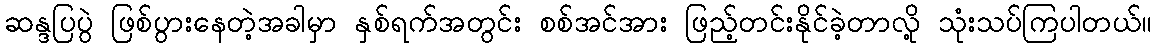
ဆန္ဒပြပွဲ ဖြစ်ပွားနေတဲ့အခါမှာ နှစ်ရက်အတွင်း စစ်အင်အား ဖြည့်တင်းနိုင်ခဲ့တာလို့ သုံးသပ်ကြပါတယ်။